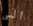
الى